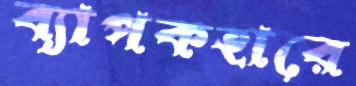
ব্যাপকহারে